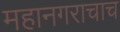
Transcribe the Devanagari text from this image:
महानगराचाच